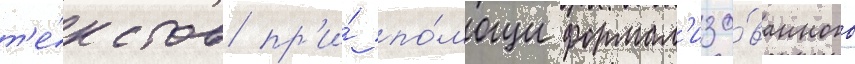
т'е́кстов пр'и́ по́мощи формал'изо́ванного